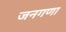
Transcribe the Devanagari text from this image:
जनगणा